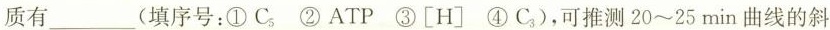
质有___(填序号：①C_{5} ②ATP ③[H] ④C_{3})，可推测20~25min曲线的斜